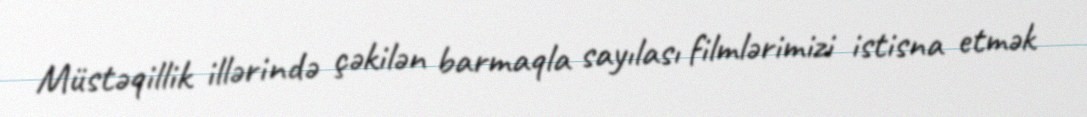
Müstəqillik illərində çəkilən barmaqla sayılası filmlərimizi istisna etmək